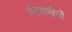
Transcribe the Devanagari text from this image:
चेटकणीची